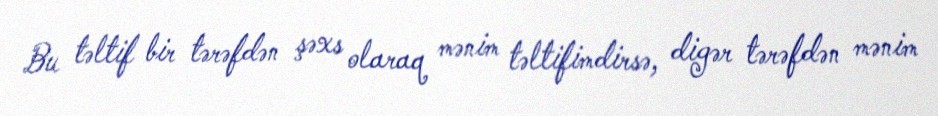
Bu təltif bir tərəfdən şəxs olaraq mənim təltifimdirsə, digər tərəfdən mənim